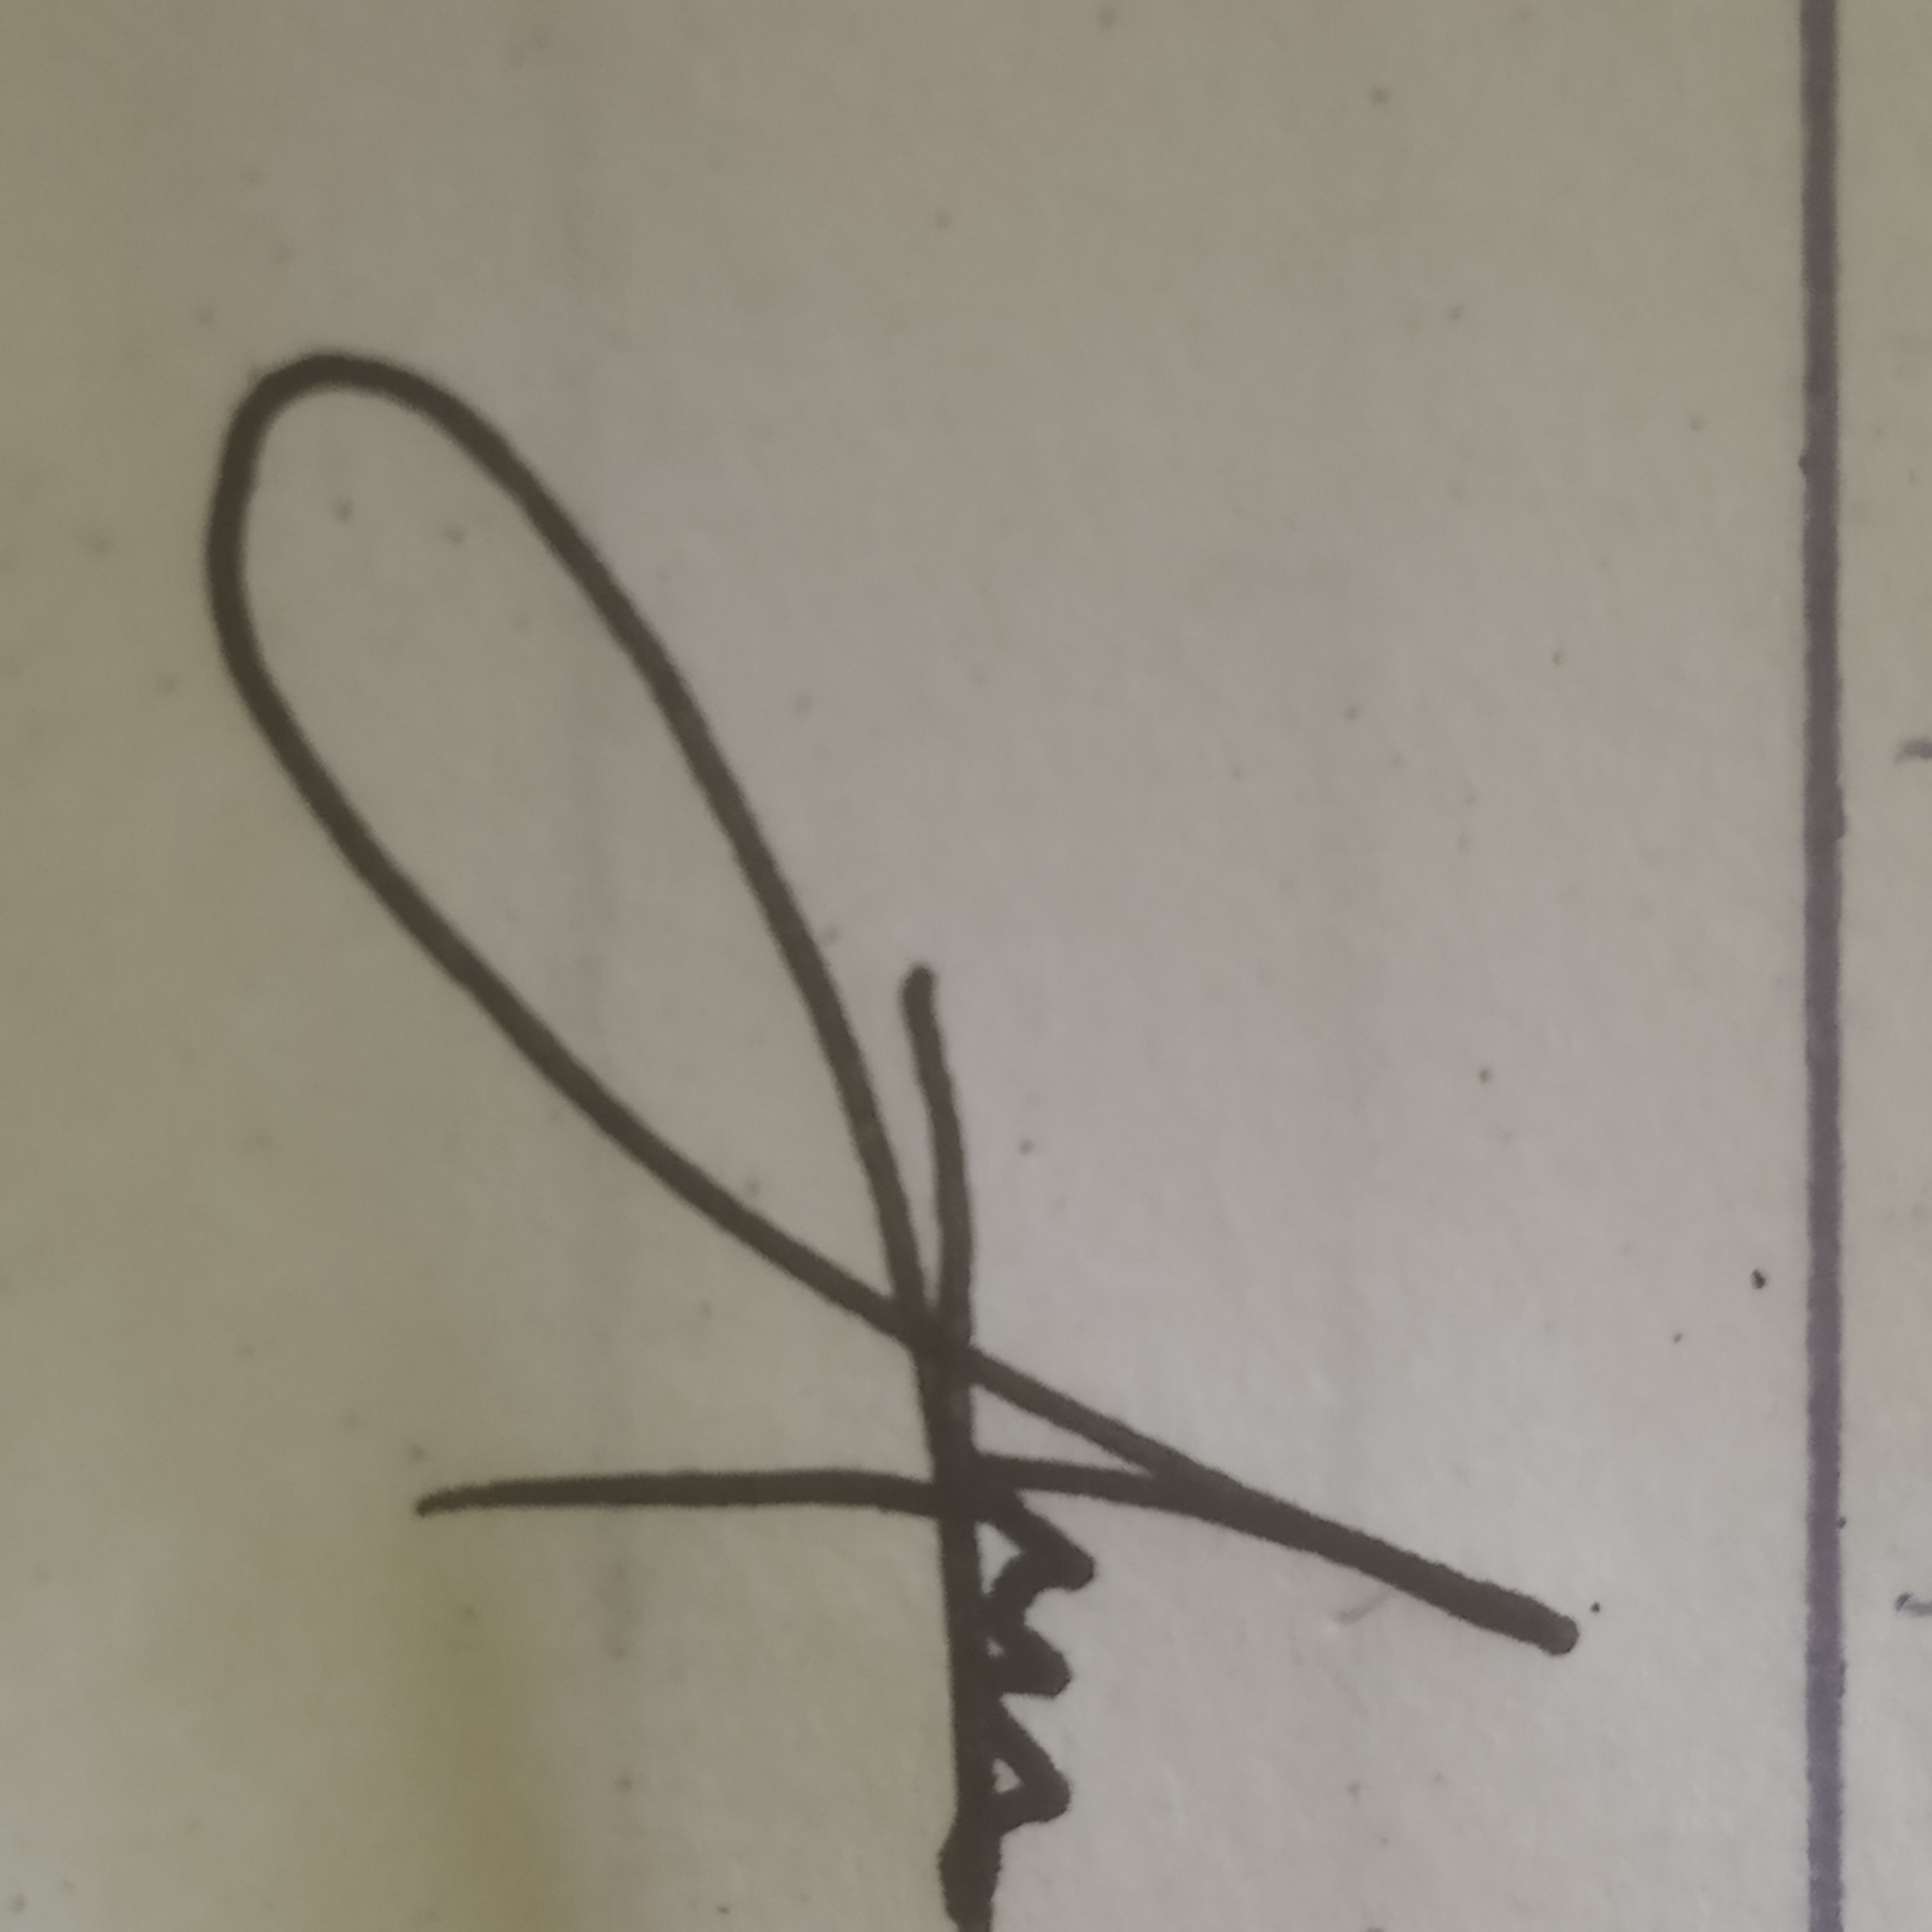
Signature authenticity: forged